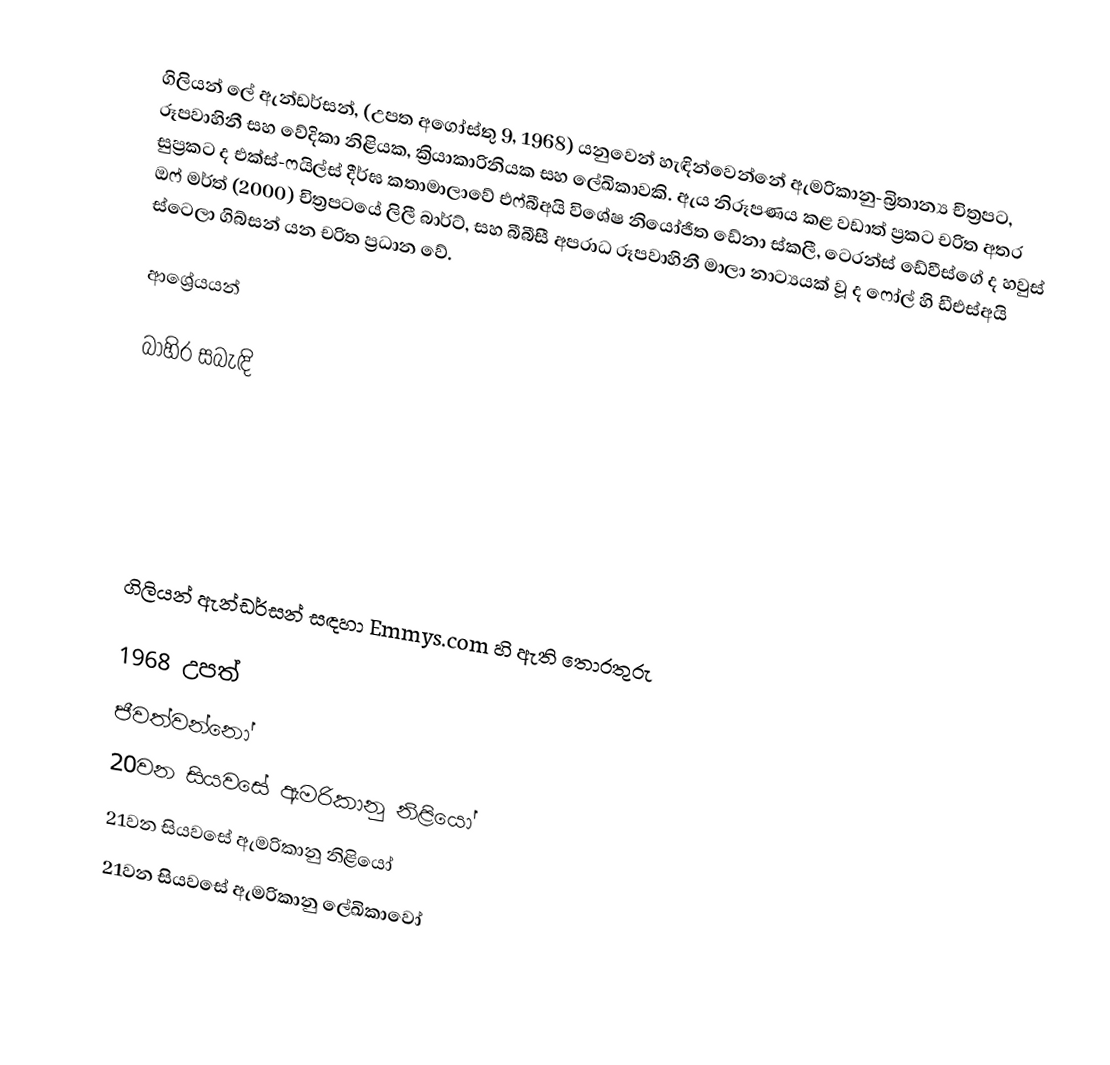
ගිලියන් ලේ ඇන්ඩර්සන්,  (උපත අගෝස්තු 9, 1968) යනුවෙන් හැඳින්වෙන්නේ ඇමරිකානු-බ්‍රිතාන්‍ය චිත්‍රපට, රූපවාහිනී සහ වේදිකා නිළියක, ක්‍රියාකාරිනියක සහ ලේඛිකාවකි. ඇය නිරූපණය කළ වඩාත් ප්‍රකට චරිත අතර සුප්‍රකට ද එක්ස්-ෆයිල්ස් දීර්ඝ කතාමාලාවේ එෆ්බීඅයි විශේෂ නියෝජිත ඩේනා ස්කලී, ටෙරන්ස් ඩේවීස්ගේ ද හවුස් ඔෆ් මර්ත් (2000) චිත්‍රපටයේ ලිලී බාර්ට්, සහ බීබීසී අපරාධ රූපවාහිනී මාලා නාට්‍යයක් වූ ද ෆෝල් හි ඩීඑස්අයි ස්ටෙලා ගිබ්සන් යන චරිත ප්‍රධාන වේ.

ආශ්‍රේයයන්

බාහිර සබැඳි

  ගිලියන් ඇන්ඩර්සන් සඳහා Emmys.com හි ඇති තොරතුරු

1968 උපත්
ජීවත්වන්නෝ
20වන සියවසේ ඇමරිකානු නිළියෝ
21වන සියවසේ ඇමරිකානු නිළියෝ
21වන සියවසේ ඇමරිකානු ලේඛිකාවෝ